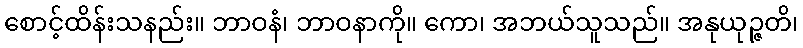
စောင့်ထိန်းသနည်း။ ဘာဝနံ၊ ဘာဝနာကို။ ကော၊ အဘယ်သူသည်။ အနုယုဉ္ဇတိ၊